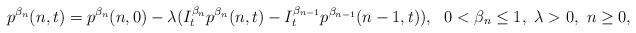
LaTeX: \begin{align*}p^{\beta_n}(n,t)=p^{\beta_n}(n,0)-\lambda(I_t^{\beta_n}p^{\beta_n}(n,t)-I_t^{\beta_{n-1}}p^{\beta_{n-1}}(n-1,t)),\ \ 0<\beta_n\leq 1,\ \lambda>0,\ n\geq 0,\end{align*}